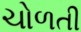
ચોળતી